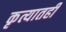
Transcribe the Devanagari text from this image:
कृत्यातही